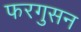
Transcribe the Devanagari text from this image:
फरगुसन